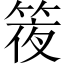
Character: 𥯊